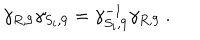
LaTeX: \gamma _ { R , 9 } \gamma _ { S _ { i } , 9 } = \gamma _ { S _ { i } , 9 } ^ { - 1 } \gamma _ { R , 9 } ~ .